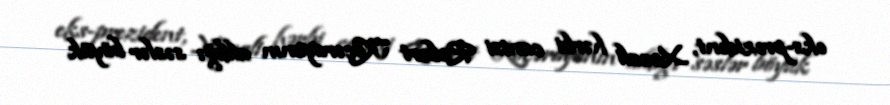
eks-prezident, Xocali hərbi canisi Robert Köçərayanın aldığı səslər böyük